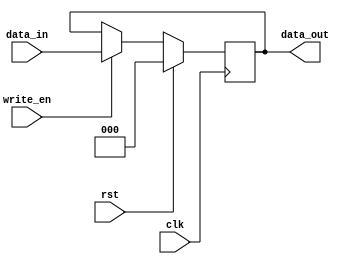
module Register_3bit (input clk, rst, write_en ,input [2:0] data_in, output [2:0] data_out);
    reg [2:0] data;

    always @(posedge clk) begin
        if (rst)
            data <= 3'b0;
        else if (write_en)
            data <= data_in;
    end

    assign data_out = data;

endmodule